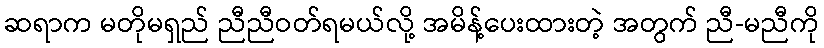
ဆရာက မတိုမရှည် ညီညီဝတ်ရမယ်လို့ အမိန့်ပေးထားတဲ့ အတွက် ညီ-မညီကို